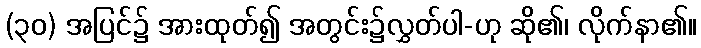
(၃၀) အပြင်၌ အားထုတ်၍ အတွင်း၌လွှတ်ပါ-ဟု ဆို၏၊ လိုက်နာ၏။